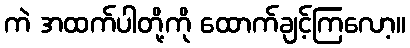
ကဲ အထက်ပါတို့ကို ထောက်ချင့်ကြလော့။